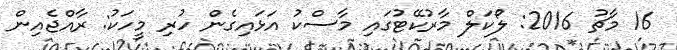
16 މާޗު 2016: ލޯކަލް މާރުކޭޓުގައި މާސްކު އަޅައިގެން ހުރި މީހަކު: ރާއްޖެއިން